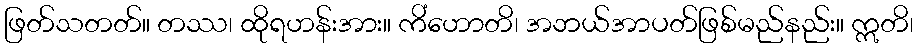
ဖြတ်သတတ်။ တဿ၊ ထိုရဟန်းအား။ ကိံဟောတိ၊ အဘယ်အာပတ်ဖြစ်မည်နည်း။ ဣတိ၊